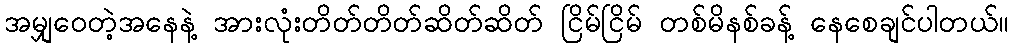
အမျှဝေတဲ့အနေနဲ့ အားလုံးတိတ်တိတ်ဆိတ်ဆိတ် ငြိမ်ငြိမ် တစ်မိနစ်ခန့် နေစေချင်ပါတယ်။